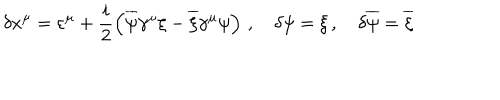
LaTeX: \delta x ^ { \mu } = \varepsilon ^ { \mu } + \frac { i } { 2 } \left( \overline { { { \psi } } } \gamma ^ { \mu } \xi - \overline { { { \xi } } } \gamma ^ { \mu } \psi \right) \, , \quad \delta \psi = \xi \, , \quad \delta \overline { { { \psi } } } = \overline { { { \xi } } }